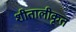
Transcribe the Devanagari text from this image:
शीतालीकृत